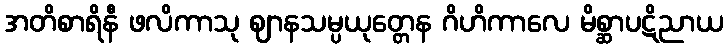
အတိစာရိနီ ဖလိကာသု ဈာနသမ္ပယုတ္တေန ဂိဟိကာလေ မိစ္ဆာပဋိညာယ